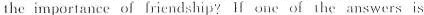
the importaneeofIricndship? Wneoí he answers is "yes".You may get the big idea.